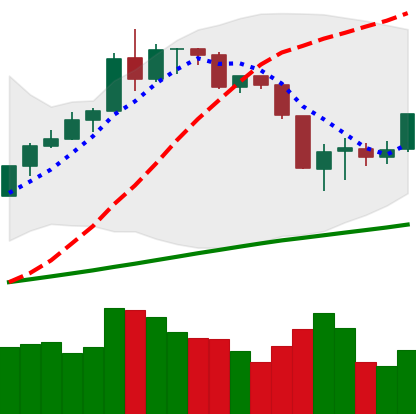
Ticker: BTC-USD
Chart end date: 2019-08-19
Forward return: -6.926%
Label: down_5_7